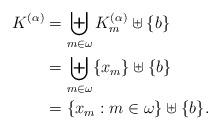
LaTeX: \begin{align*} K^{(\alpha)}&= \biguplus_{m\in\omega}K_m^{(\alpha)}\uplus\{b\}\\ &=\biguplus_{m\in\omega}\{x_m\}\uplus\{b\}\\ &=\{x_m:m\in\omega\}\uplus\{b\}. \end{align*}